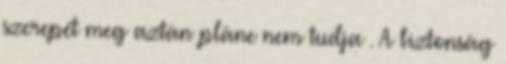
szerepét meg aztán pláne nem tudja . A biztonság